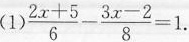
(1)$$\frac { 2 x + 5 } { 6 } - \frac { 3 x - 2 } { 8 } = 1$$.